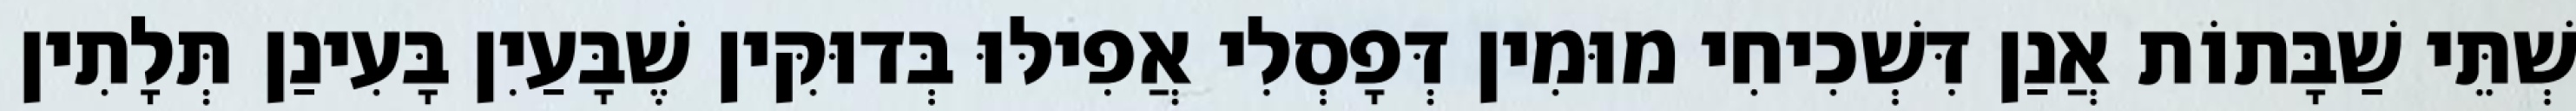
שְׁתֵּי שַׁבָּתוֹת אֲנַן דִּשְׁכִיחִי מוּמִין דְּפָסְלִי אֲפִילּוּ בְּדוּקִּין שֶׁבָּעַיִן בָּעִינַן תְּלָתִין